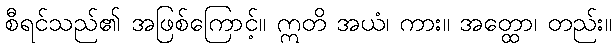
စီရင်သည်၏ အဖြစ်ကြောင့်။ ဣတိ အယံ၊ ကား။ အတ္ထော၊ တည်း။